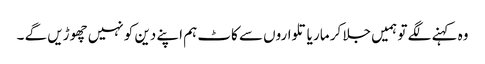
وہ کہنے لگے تو ہمیں جلا کر مار یا تلواروں سے کاٹ ہم اپنے دین کو نہیں چھوڑیں گے ۔